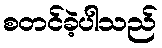
စတင်ခဲ့ပါသည်